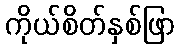
ကိုယ်စိတ်နှစ်ဖြာ